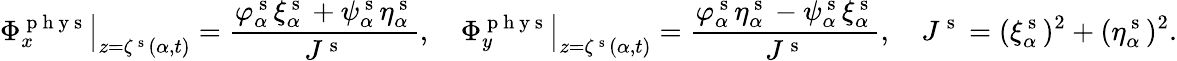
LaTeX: \left.\Phi_{x}^{\mathrm{~p~h~y~s~}}\right\vert_{z=\zeta^{\mathrm{~s~}}(\alpha,t)}=\frac{\varphi_{\alpha}^{\mathrm{~s~}}\xi_{\alpha}^{\mathrm{~s~}}+\psi_{\alpha}^{\mathrm{~s~}}\eta_{\alpha}^{\mathrm{~s~}}}{J^{\mathrm{~s~}}},\quad\left.\Phi_{y}^{\mathrm{~p~h~y~s~}}\right\vert_{z=\zeta^{\mathrm{~s~}}(\alpha,t)}=\frac{\varphi_{\alpha}^{\mathrm{~s~}}\eta_{\alpha}^{\mathrm{~s~}}-\psi_{\alpha}^{\mathrm{~s~}}\xi_{\alpha}^{\mathrm{~s~}}}{J^{\mathrm{~s~}}},\quad J^{\mathrm{~s~}}=(\xi_{\alpha}^{\mathrm{~s~}})^{2}+(\eta_{\alpha}^{\mathrm{~s~}})^{2}.